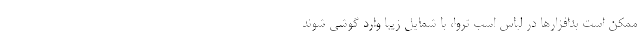
ممکن است بدافزارها در لباس اسب تروا، با شمایل زیبا وارد گوشی شوند